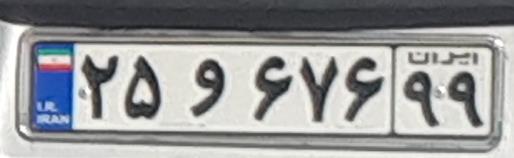
۲۵و۶۷۶۹۹